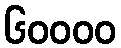
၆၀၀၀၀